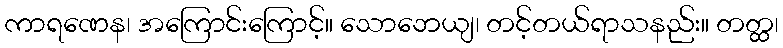
ကာရဏေန၊ အကြောင်းကြောင့်။ သောဘေယျ၊ တင့်တယ်ရာသနည်း။ တတ္ထ၊